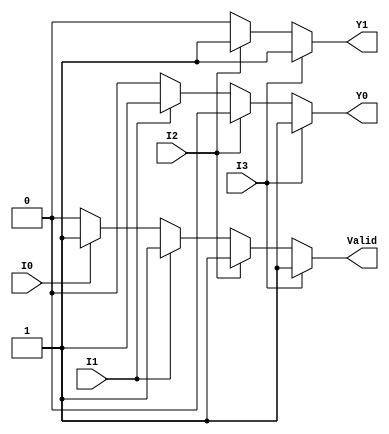
module priority_encoder (
    input wire I0,  // Input 0 (lowest priority)
    input wire I1,  // Input 1
    input wire I2,  // Input 2
    input wire I3,  // Input 3 (highest priority)
    output reg Y1,  // Output 1
    output reg Y0,  // Output 0
    output reg Valid // Valid output
);

always @(*) begin
    // Default output values
    Y1 = 0;
    Y0 = 0;
    Valid = 0;

    // Check the inputs in order of priority
    if (I3) begin
        Y1 = 1;
        Y0 = 1;
        Valid = 1;
    end else if (I2) begin
        Y1 = 1;
        Y0 = 0;
        Valid = 1;
    end else if (I1) begin
        Y1 = 0;
        Y0 = 1;
        Valid = 1;
    end else if (I0) begin
        Y1 = 0;
        Y0 = 0;
        Valid = 1;
    end else begin
        // All inputs are 0, Valid remains 0
        Valid = 0;
    end
end

endmodule